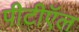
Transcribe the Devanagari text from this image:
पीटीऍल